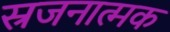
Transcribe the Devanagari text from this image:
स्रजनात्मक